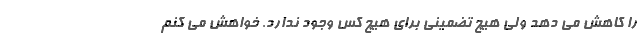
را کاهش می دهد ولی هیچ تضمینی برای هیچ کس وجود ندارد. خواهش می کنم